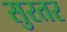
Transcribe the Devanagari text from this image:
सुरतर